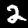
Digit: 2